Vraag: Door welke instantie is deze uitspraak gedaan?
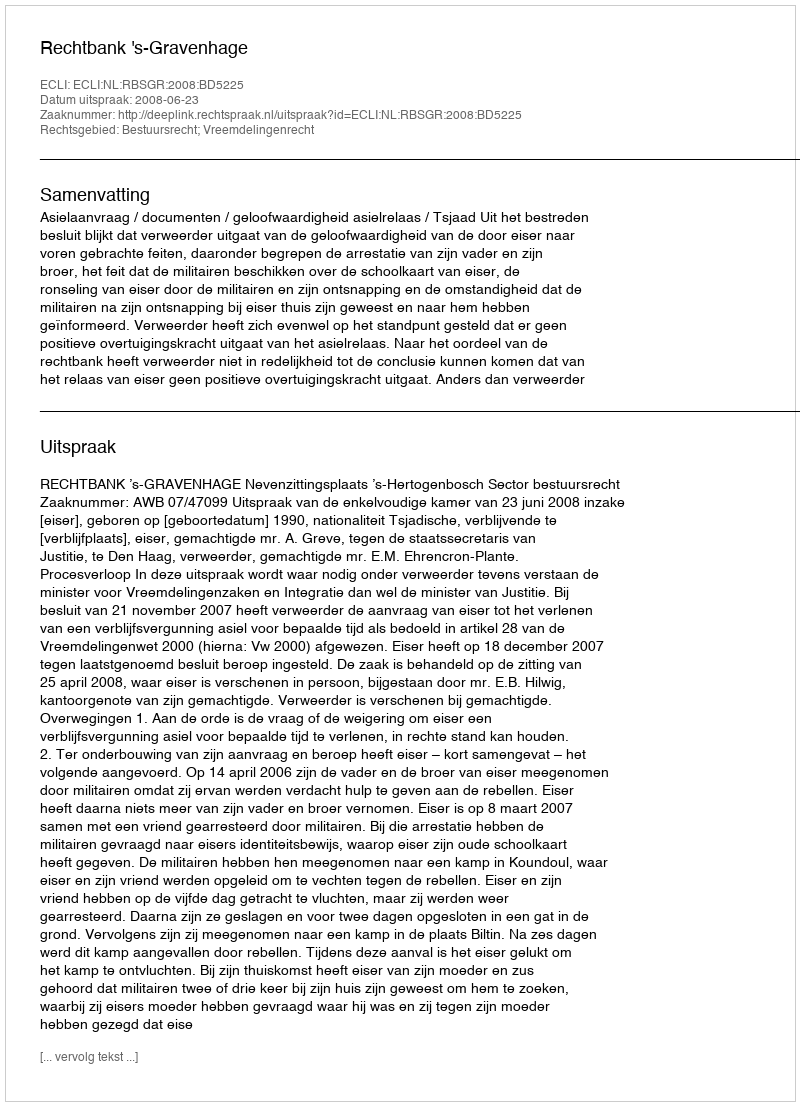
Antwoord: Rechtbank 's-Gravenhage